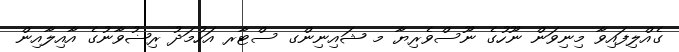
ގެއްލިފައިވާ މިނިވަން ނޫހުގެ ނޫސްވެރިޔާ މ ޝައިނިންގ ސްޓާރ އަހުމަދު ރިޟުވާނުގެ އާއިލާއިން